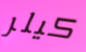
كيلر